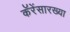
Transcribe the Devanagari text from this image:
कॅरेंसारख्या